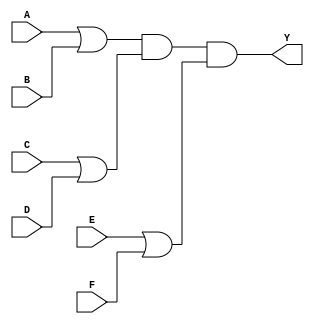
module pos_simplification (
    input wire A, // First input variable
    input wire B, // Second input variable
    input wire C, // Third input variable
    input wire D, // Fourth input variable
    input wire E, // Fifth input variable
    input wire F, // Sixth input variable
    output wire Y // Output of the POS expression
);

// Internal wires for sum terms
wire sum_term1; // (A + B)
wire sum_term2; // (C + D)
wire sum_term3; // (E + F)

// Sum term implementations using OR gates
assign sum_term1 = A | B; // sum_term1 = A + B
assign sum_term2 = C | D; // sum_term2 = C + D
assign sum_term3 = E | F; // sum_term3 = E + F

// Final output using AND gate to combine sum terms
assign Y = sum_term1 & sum_term2 & sum_term3; // Y = (A + B)(C + D)(E + F)

endmodule